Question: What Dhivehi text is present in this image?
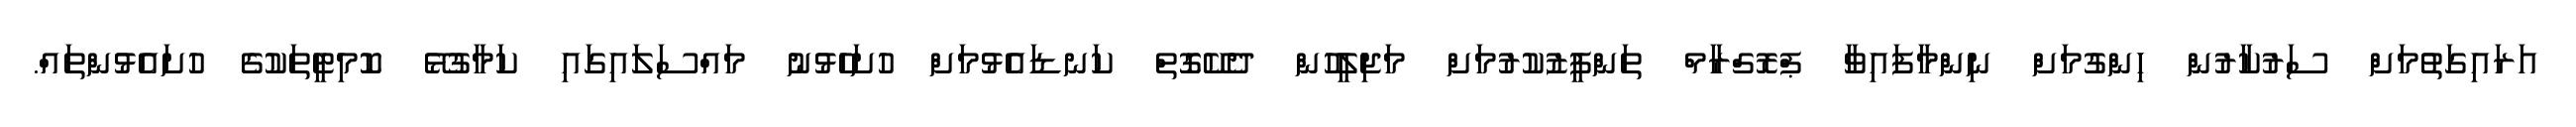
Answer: އަރައިގަތުމަށް ސަރުކާރުން ހިންގުމަށް ނިންމާފައިވާ ޕްރޮގްރާމް ތަންފީޒުކުރުމަށް މަޖިލީހުން ދެކޭގޮތް ކަނޑައެޅުމަށް ހުށަހެޅުނު މައްސަލައިގައި ކަމާގުޅޭ ކޮމިޓީތަކުގެ ހުށައެޅުންތައް.